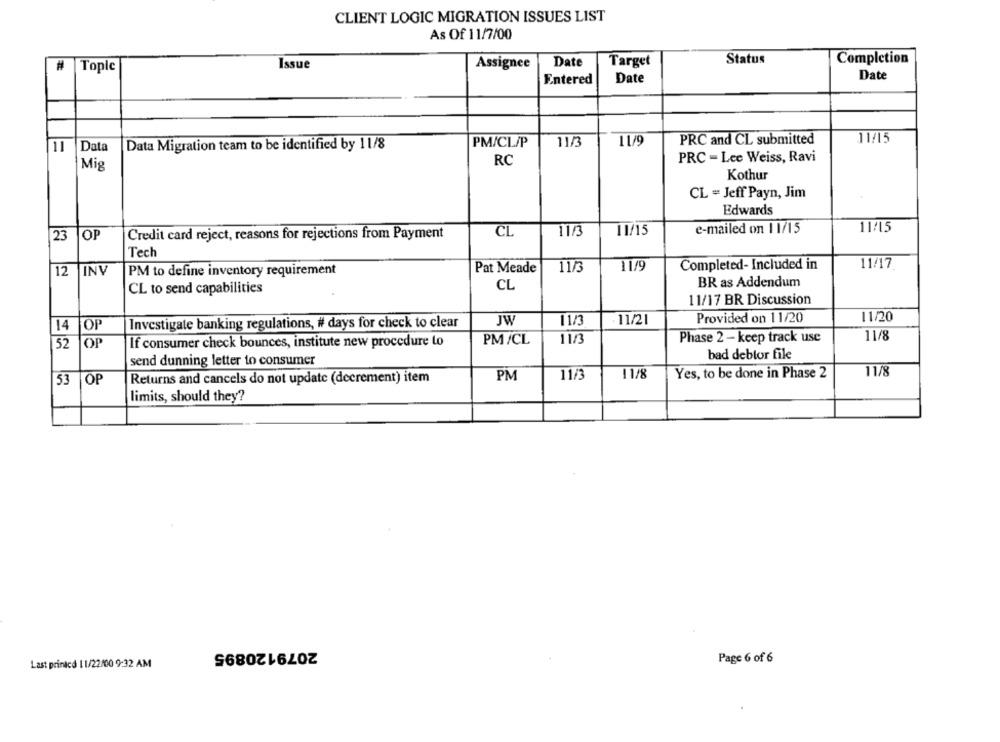
CLIENT LOGIC MIGRATION ISSUES LIST
As Of 11/7/00
Status
Completion
#
Issue
Assignee
Date
Target
Topic
Entered
Date
Date
11/9
PRC and CL submitted
11/15
11
Data
Data Migration team to be identified by 11/8
PM/CL/P
11/3
RC
PRC - Lee Weiss, Ravi
Mig
Kothur
CL = Jeff Payn, Jim
Edwards
e-mailed on 11/15
11/15
23
OP
Credit card reject, reasons for rejections from Payment
CL
11/3
11/15
Tech
11/3
11/9
Completed- Included in
11/17
12
INV
PM to define inventory requirement
Pat Meade
CL to send capabilities
CL
BR as Addendum
11/17 BR Discussion
Provided on 11/20
11/20
Investigate banking regulations, # days for check to clear
JW
11/3
11/21
14
OF
PM/CL
11/3
Phase 2 - keep track use
11/8
52
OP
If consumer check bounces, institute new procedure lo
bad debtor file
send dunning letter to consumer
11/8
Returns and cancels do not update (decrement) item
PM
11/3
11/8
Yes, to be done in Phase 2
53 OP
limits, should they?
2079120895
Page 6 of 6
Last printcd 11/22/00 9:32 AM